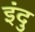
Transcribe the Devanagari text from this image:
इंदु